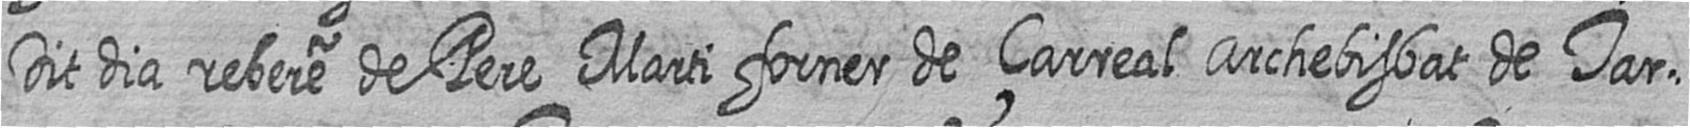
Dit dia rebere de Pere Marti forner de çarreal Archebisbat de Tar=